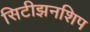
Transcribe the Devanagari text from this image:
सिटीझनशिप